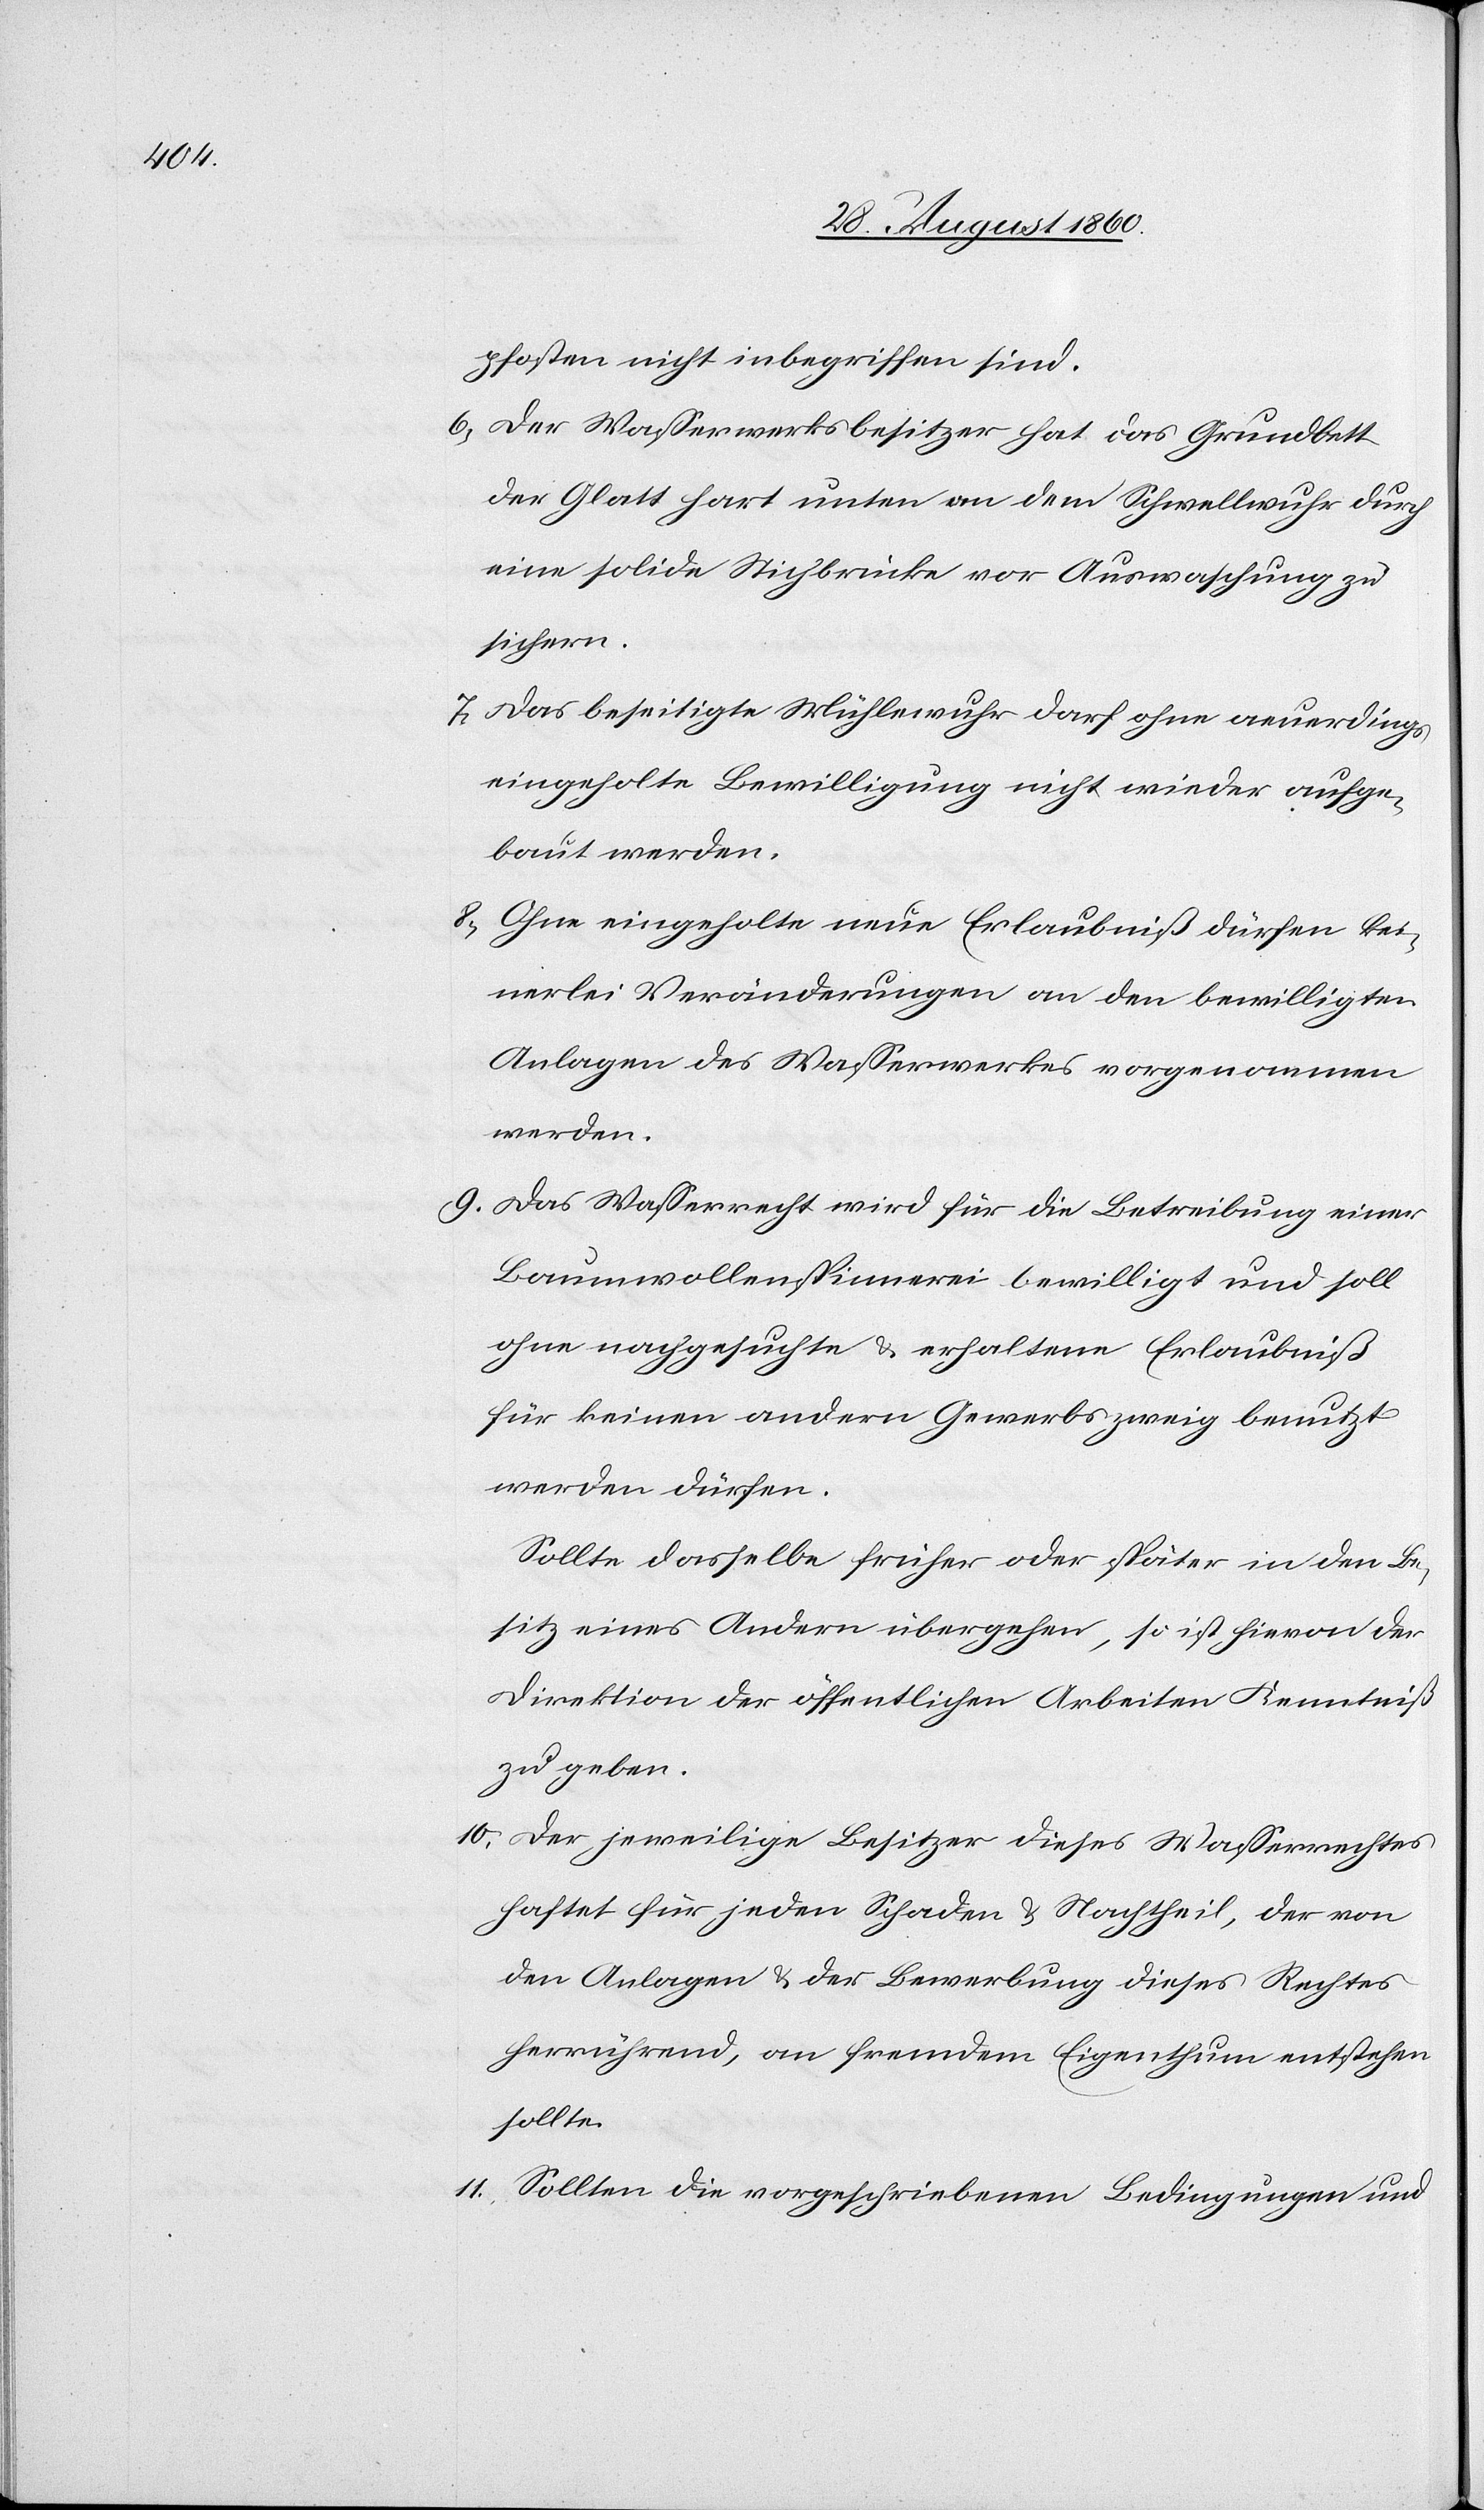
pfosten nicht inbegriffen sind.
6. Der Wasserwerksbesitzer hat das Grundbett
der Glatt hart unten an dem Schwellwuhr durch
eine solide Stichbrücke vor Auswaschung zu
sichern.
7. Das beseitigte Mühlewuhr darf ohne neuerdings
eingeholte Bewilligung nicht wieder aufge¬
baut werden.
8. Ohne eingeholte neue Erlaubniss dürfen kei¬
nerlei Veränderungen an den bewilligten
Anlagen des Wasserwerkes vorgenommen
werden.
9. Das Wasserrecht wird für die Betreibung einer
Baumwollenspinnerei bewilligt u. soll
ohne nachgesuchte u. erhaltene Erlaubniss
für keinen andern Gewerbszweig benutzt
werden dürfen.
Sollte dasselbe früher oder später in den Be¬
sitz eines Andern übergehen, so ist hievon der
Direktion der öffentlichen Arbeiten Kenntniss
zu geben
10. Der jeweilige Besitzer dieses Wasserrechtes
haftet für jeden Schaden u. Nachtheil, der von
den Anlagen u. der Bewerbung dieses Rechtes
herrührend an fremdem Eigenthum entstehen
sollte.
11. Sollten die vorgeschriebenen Bedingungen u.